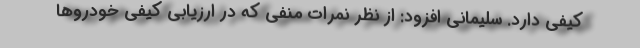
کیفی دارد. سلیمانی افزود: از نظر نمرات منفي كه در ارزیابی کیفی خودروها